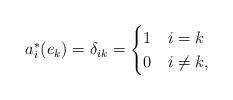
LaTeX: \begin{align*} a^*_i(e_k) = \delta_{ik} = \begin{cases} 1 & i = k\\ 0 & i \neq k, \end{cases}\end{align*}